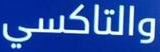
والتاكسي